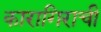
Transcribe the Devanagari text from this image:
कारागिराची